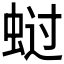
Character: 𰲺